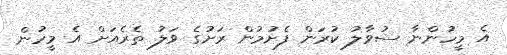
އެ މީހުންނާ ސުވާލު ކުރަން ފެށުމުން ރަށުގެ ވަލު ތެރެއަށް އެ މީހުން